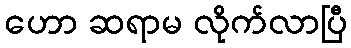
ဟော ဆရာမ လိုက်လာပြီ